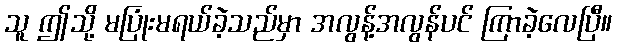
သူ ဤသို့ မပြုံးမရယ်ခဲ့သည်မှာ အလွန့်အလွန်ပင် ကြာခဲ့လေပြီ။